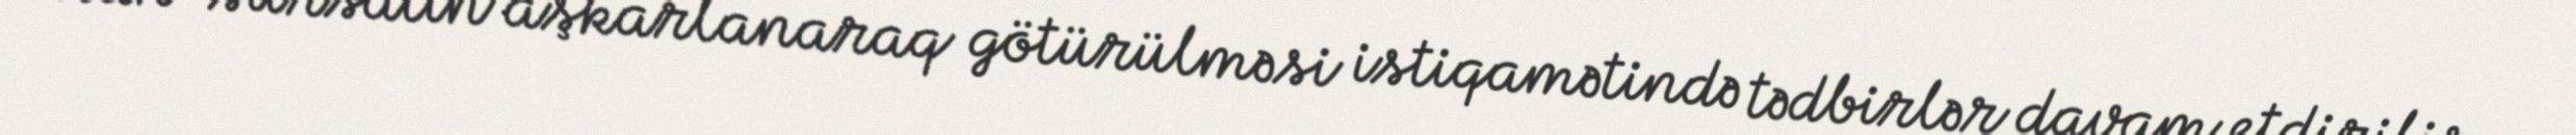
silah-sursatın aşkarlanaraq götürülməsi istiqamətində tədbirlər davam etdirilir.